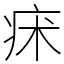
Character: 㾁